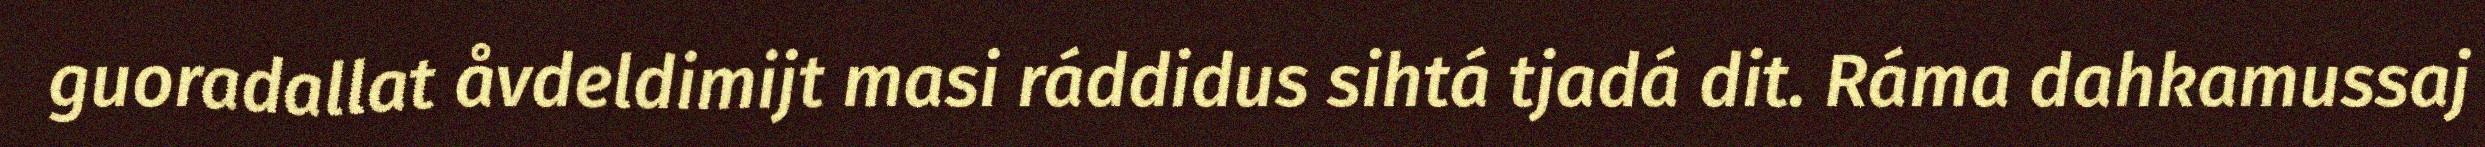
guoradallat åvdeldimijt masi ráddidus sihtá tjadá dit. Ráma dahkamussaj